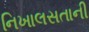
નિખાલસતાની